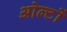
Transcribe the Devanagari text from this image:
ओल्टों